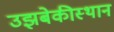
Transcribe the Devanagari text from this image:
उझबेकीस्थान